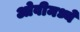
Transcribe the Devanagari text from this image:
ओवीमध्ये